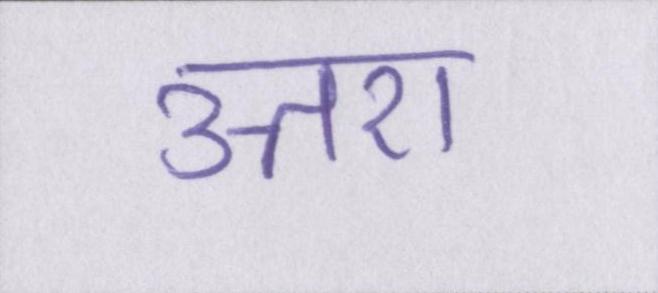
उत्तरों